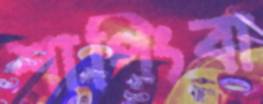
শাপিংবা